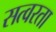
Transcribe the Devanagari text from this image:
सत्वरता